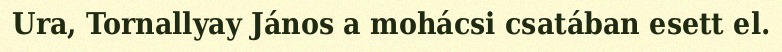
Ura, Tornallyay János a mohácsi csatában esett el.